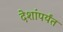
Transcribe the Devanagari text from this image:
देशांपर्यंत